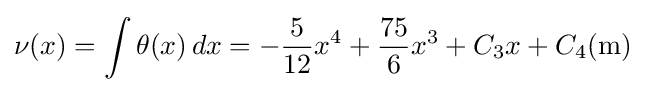
\nu (x)=\int \theta (x)\,dx=-{\frac {5}{12}}x^{4}+{\frac {75}{6}}x^{3}+C_{3}x+C_{4}({\textrm {m}})